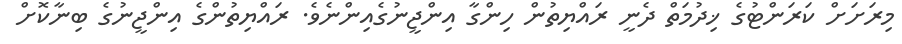
މިރަށަށް ކަރަންޓުގެ ޚިދުމަތް ދެނީ ރައްޔިތުން ހިންގާ އިންޖީނުގެއިންނެވެ. ރައްޔިތުންގެ އިންޖީނުގެ ބިނާކޮށް